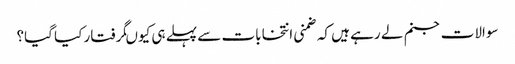
سوالات جنم لے رہے ہیں کہ ضمنی انتخابات سے پہلے ہی کیوںگرفتار کیا گیا؟